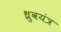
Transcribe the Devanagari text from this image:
ध्रुवयंत्र